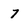
Character: 7